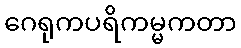
ဂေရုကပရိကမ္မကတာ